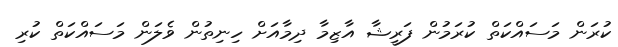
ކުރަން މަސައްކަތް ކުރަމުން ފަރީޝާ އާޒިމާ ދިމާއަށް ހިނިތުން ވެލަން މަސައްކަތް ކުރި